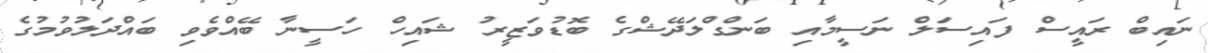
ނައިބް ރައީސް ފައިސަލް ނަސީމާއި ބަންގްލަދޭޝްގެ ބޮޑުވަޒީރު ޝައިހް ހަސީނާ ބޭއްވެވި ބައްދަލުވުމުގެ